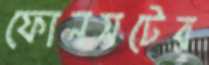
ফোনসটের